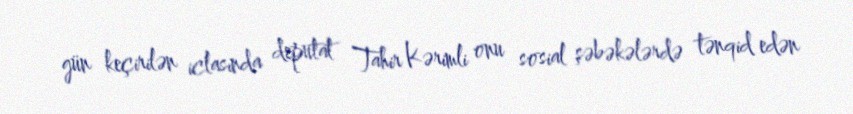
gün keçirilən iclasında deputat Tahir Kərimli onu sosial şəbəkələrdə tənqid edən